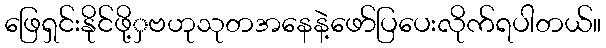
ဖြေရှင်းနိုင်ဖို့ှဗဟုသုတအနေနဲ့ဖော်ပြပေးလိုက်ရပါတယ်။